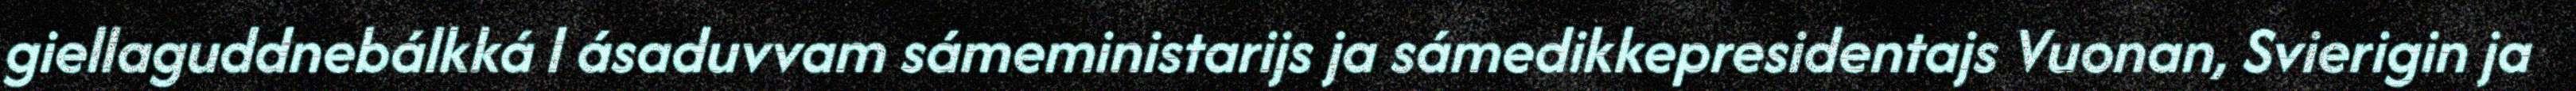
giellaguddnebálkká l ásaduvvam sámeministarijs ja sámedikkepresidentajs Vuonan, Svierigin ja